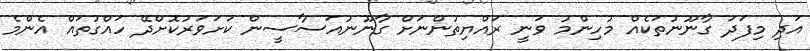
އަދި މިފަދަ ގާނޫނުތަކެއް މުހިންމު ވަނީ ރައްޔިތުންނަށް ގާނޫނުއަސާސީން ކަށަވަރުކޮށްދޭ ހައްގުތައް އެންމެ